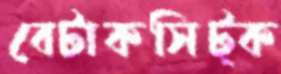
বেটাকসিট্‌ক